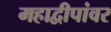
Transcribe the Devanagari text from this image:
महाद्वीपांवर